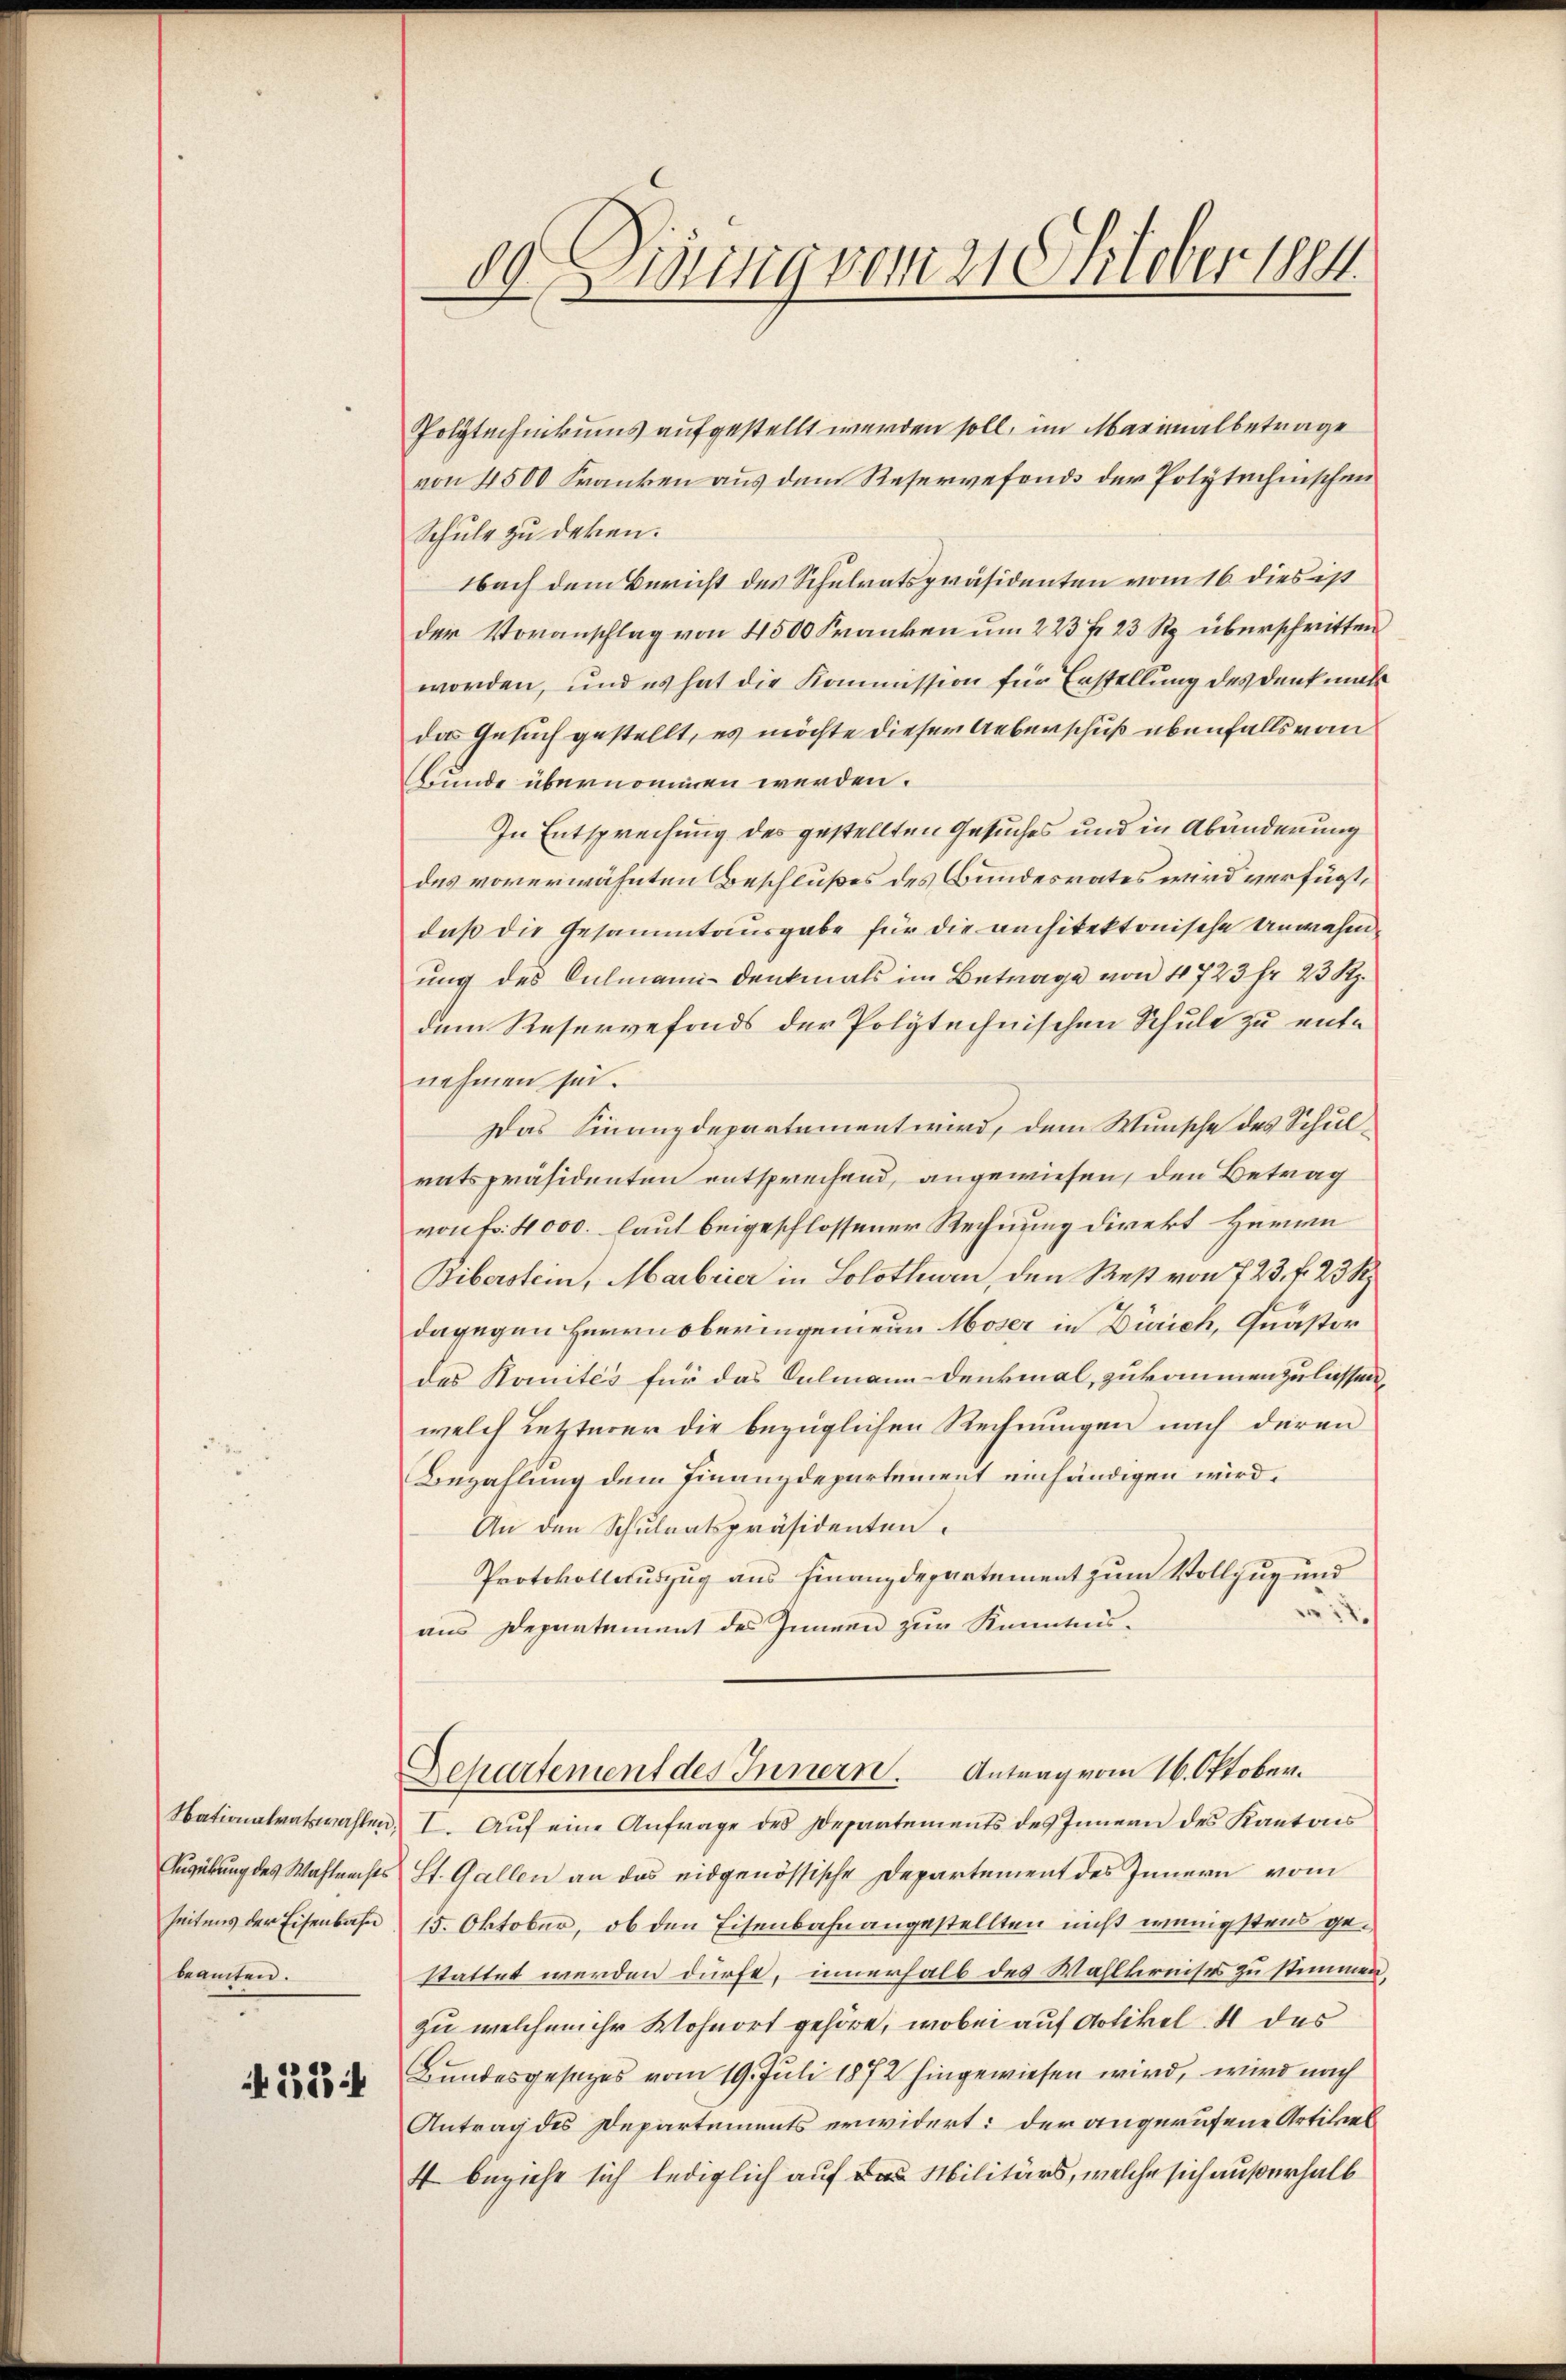
Nationalratswahlen;
Ausübung des Wahlrechts
Zeitens der Eisenbahn
beamten.

184

80 Zinnig vom 21. Oktober 1884.

Polytechnikums aufgestellt werden soll, im Maximalbetrage
von 4500 Franken aus dem Reservefonds der Polytechenschen
Schule zu deren.
Nach dem Bericht des Schulratspräsidenten vom 16. dies ist
der Voranschlag von 4500 Franken um 223 fr 23 Rp. überschritten
worden, und es hat die Kommission für Erstellung des Denkmal
das Gesuch gestellt, es möchte dieser Ueberschuß ebenfalls vom
Bunde übernommen werden.
In Entsprechung des gestellten Gesuches und in Abänderung
des vorerwähnten Beschlußes des Bundesrates wird verfügt,
daß die Gesammtausgabe für die anchitektonische Unwahen
ung des Culmann - Denkmals im Betrage von 1723 fr 23 Rp.
dem Reservefonds der Polytechnischen Schule zu entnehmen sei.
Das Finanzdepartement wird, dem Wunsche des Schulratspräsidenten entsprechend, angewiesen, den Betrag
von Fr. 4000. laut beigeschlossener Rechnung direkt Herrn
Biberstein, Marbrier in Solothurn, den Rest von 7 23 f. 23 R
dagegen Herrn oberingenieur Moser in Zürich, Quästor
des Raités für das Oelmann-Denkmal, zukommenzulassen,
welch letzterer die bezüglichen Rechnungen nach deren
Bezahlung dem Finanzdepartement einhändigen wird.
An den Schulratspräsidenten.
Protokollauszug aus Finanzdepartement zum Vollzug und
.
aus Departement des Zimmen zur Kenntnis¬
Departement des Innern. Antrag vom 16. Oktober.
I. Auf eine Anfrage des Departements des Innern des Kantons
St. Gallen an das eidgenössische Departement des Innern vom
15. Oktober, ob den Eisenbahnangestellten nicht wenigstens gestattet werden dürfe, innerhalb des Wahlkreises zu stimmen,
zu welchem ihr Wohnort gehöre, wobei auf Artikel. 4 des
Bundesgesetzes vom 19. Juli 1872 hingewiesen wird, wird nach
Antrag des Departements erwidert: der angerufene Artikel
4 beziehe sich lediglich auf das Militärs, welche sich außerhalb